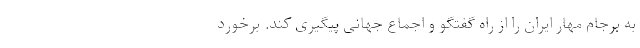
به برجام مهار ایران را از راه گفتگو و اجماع جهانی پیگیری کند. برخورد